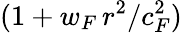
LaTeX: (1+w_{F}\, r^{2}/c_{F}^{2})